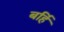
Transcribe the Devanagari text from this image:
बर्हि